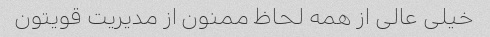
خیلی عالی از همه لحاظ ممنون از مدیریت قویتون